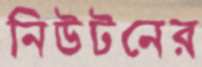
নিউটনের